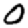
Digit: 0